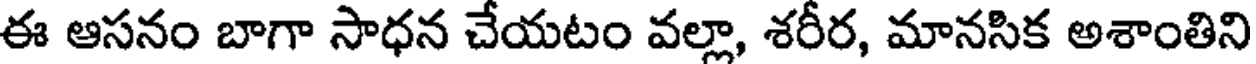
ఈ ఆసనం బాగా సాధన చేయటం వల్లా, శరీర, మానసిక అశాంతిని